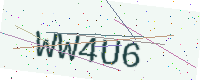
Text: WW4U6